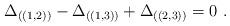
LaTeX: \begin{align*}\Delta_{((1,2))} - \Delta_{((1,3))} + \Delta_{((2,3))} =0 ~.\end{align*}